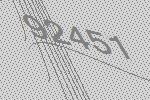
92451